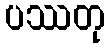
ပဿတု